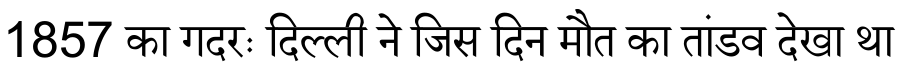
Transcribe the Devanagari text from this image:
1857 का गदरः दिल्ली ने जिस दिन मौत का तांडव देखा था